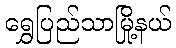
ရွှေပြည်သာမြို့နယ်